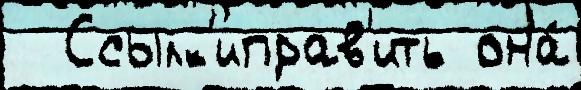
  Ссылк'иправ'ить она́